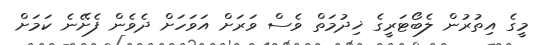
މީގެ އިތުރުން ލެބޯޓަރީގެ ޚިދުމަތް ވެސް ވަރަށް އަވަހަށް ދެވެން ފެށޭނެ ކަމަށް